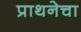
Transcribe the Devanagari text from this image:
प्राथनेचा